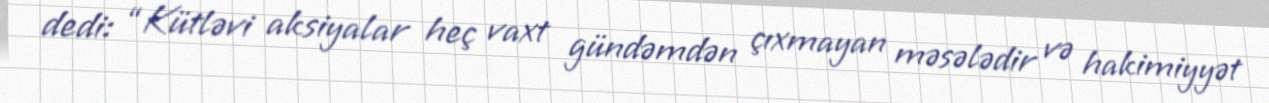
dedi: “Kütləvi aksiyalar heç vaxt gündəmdən çıxmayan məsələdir və hakimiyyət